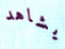
يشاهد